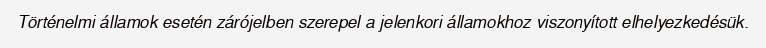
Történelmi államok esetén zárójelben szerepel a jelenkori államokhoz viszonyított elhelyezkedésük.